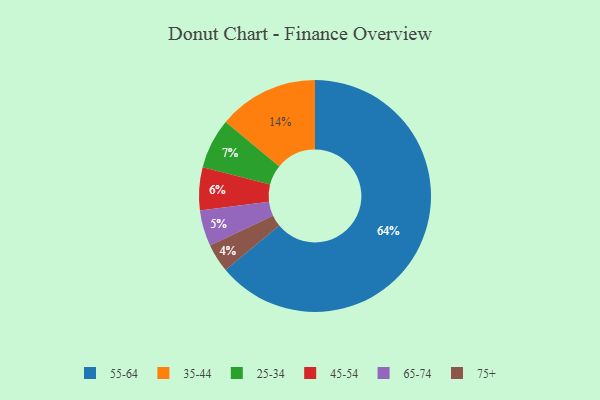
{"axis": {"x": "Category", "y": "Percentage"}, "legend": ["25-34", "35-44", "45-54", "55-64", "65-74", "75+"], "data": [{"x": "65-74", "y": 5, "type": "65-74"}, {"x": "45-54", "y": 6, "type": "45-54"}, {"x": "35-44", "y": 14, "type": "35-44"}, {"x": "55-64", "y": 64, "type": "55-64"}, {"x": "75+", "y": 4, "type": "75+"}, {"x": "25-34", "y": 7, "type": "25-34"}]}